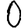
Digit: 0